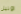
اونيل